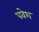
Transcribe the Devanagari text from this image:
पवेश